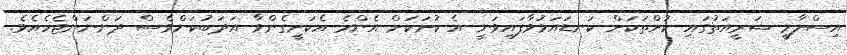
އިސްލާމީ ޝަރީއަތުގައި ކުށްތަކަށް ކަނޑައަޅުވާފައިވަނީ އެ ކުށަކަށް އެންމެ އެކަށީގެންވާ އަދަބުކަންވެސް ދަންނަންޖެހެއެވެ.